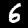
Label: 6